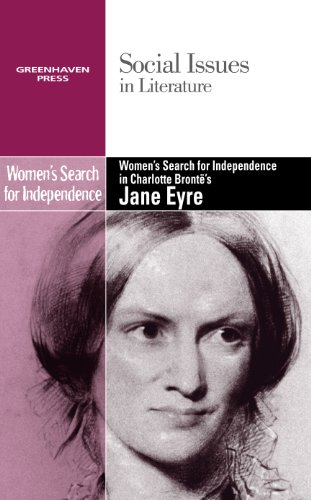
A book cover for Women's Search for Independence in Charlotte Bronte's Jane Eyre (Social Issues in Literature); Claudia Durst Johnson; Teen & Young Adult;